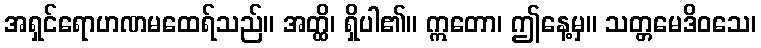
အရှင်ရောဟဏမထေရ်သည်။ အတ္ထိ၊ ရှိပါ၏။ ဣတော၊ ဤနေ့မှ။ သတ္တမေဒိဝသေ၊